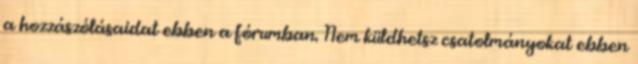
a hozzászólásaidat ebben a fórumban. Nem küldhetsz csatolmányokat ebben